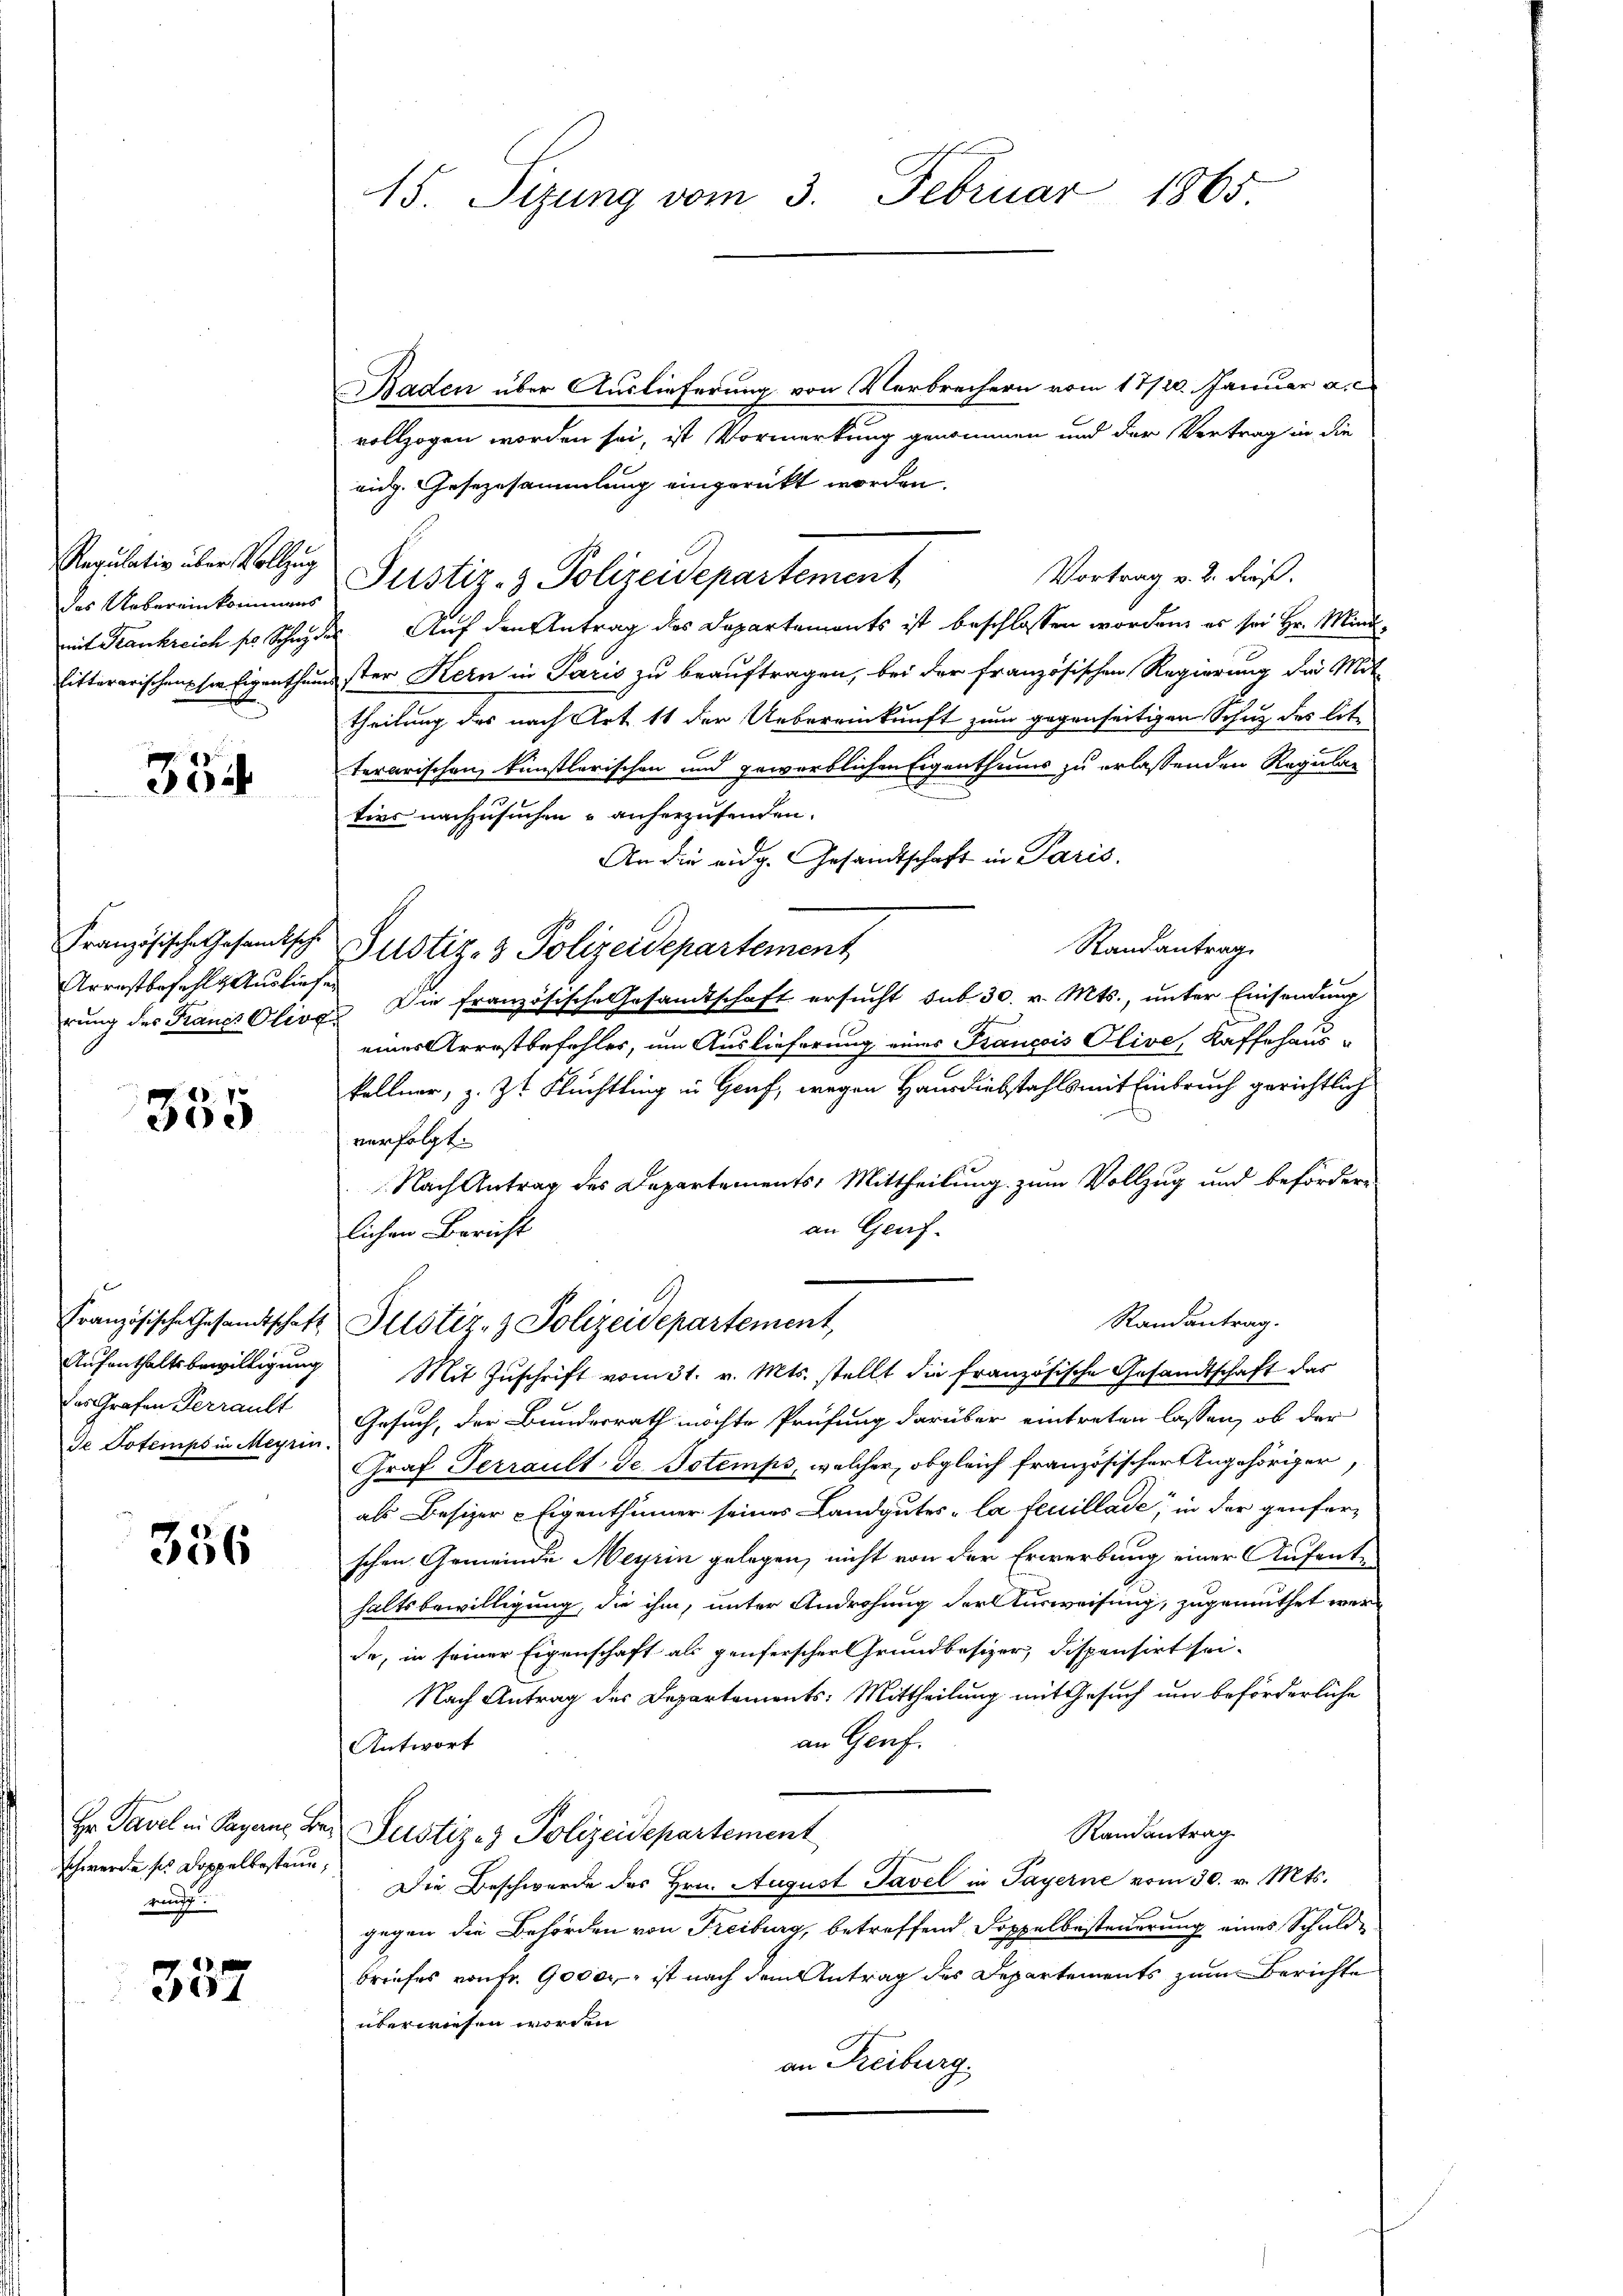
des Uebereinkommens
mit Frankreich pr. Schwyz des

354

Arrestbefehle Ausliefen

355

Der Grafen Terrault
de Totemps in Meyrin.

356

schwerde s. Doppelbestand,
re

357

Baden über Auslieferung von Verbrechern vom 17/20. Januar a. c.
vollzogen worden sei, ist Vormerkung genommen und der Vertrag in die
eidg. Gesezesammlung eingerückt worden.
Regulativ über Volle Justiz- & Polizeidepartement
Vortrag v. 2. dieß.
Auf den Antrag des Departements ist beschlossen worden, es sei Hr. Mindlitterarischens sie Eigenthumster Kern in Paris zu beauftragen, bei der französischen Regierung die Mit
theilung des nach Art. 11 der Uebereinkunft zum gegenseitigen Schuz des lit.
terarischen künstlerischen und gewerblichen Eigenthums zu erlassenden Regular
tivs nachzusuchen u anherzusenden.
An die eidg. Gesandtschaft in Paris.
Randantrag
Französische Gesandtsch. Justiz- & Polizeidepartement
rung des Francs Olivo Die französische Gesandtschaft ersucht sub 30. v. Mts., unter Einsendung
eines Arrestbefehler, um Auslieferung eines Francois Olive, Kaffehaus-
kellner, z. Zt. Flüchtling in Genf, wegen Hausdiebstahls mit Einbruch gerichtlich
verfolgt.
Nach Antrag des Departements, Mittheilung zum Vollzug und beförder-
an Genf.
lichen Bericht
Randantrag.
Französische Gesandtschaft Plistiz- & Polizeidepartement,
Aufenthaltsbewilligung Mit Zuschrift vom 31. v. Mts. stellt die französische Gesandtschaft das
Gesuch, der Bundesrath möchte Prüfung darüber eintreten lassen, ob der
Graf Terrault de Totemps, welcher, obgleich französischer Angehöriger,
als Besizer - Eigenthümer seines Landgutes la feuillade, in der genfer-
schen Gemeinde Meyrin gelegen, nicht von der Erwerbung einer Aufenthaltsbewilligung, die ihm, unter Androhung der Ausweisung, zugemuthet werde, in seiner Eigenschaft als genferscher Grundbesizer, dispensirt sei-
Nach Antrag des Departements: Mittheilung mit Gesuch um beförderliche
an Genf.
Antwort
Hr. Pavel in Paganz Ber Justiz- & Polizeidepartement
Randantrag
Die Beschwerde des Hrn. August Tavel in Payerne vom 30. v. Mts.
gegen die Behörden von Freiburg, betreffend Doppelbesteuerung eines Schuldbriefes von fr. 9000.- ist nach dem Antrag des Departements zum Berichte
überwiesen worden.
an Freiburg.

15. Sizung vom 3. Februar 1865